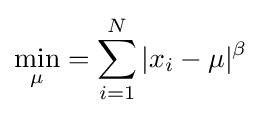
\min _{\mu }=\sum _{i=1}^{N}|x_{i}-\mu |^{\beta }